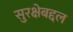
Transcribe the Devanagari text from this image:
सुरक्षेबद्दल